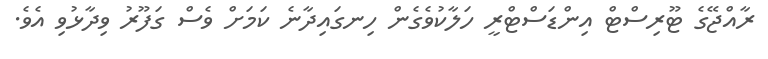
ރާއްޖޭގެ ޓޫރިސްޓް އިންޑަސްޓްރީ ހަލާކުވެގެން ހިނގައިދާނެ ކަމަށް ވެސް ގަފޫރު ވިދާޅުވި އެވެ.